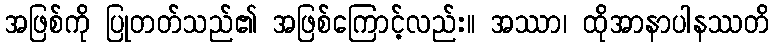
အဖြစ်ကို ပြုတတ်သည်၏ အဖြစ်ကြောင့်လည်း။ အဿာ၊ ထိုအာနာပါနဿတိ